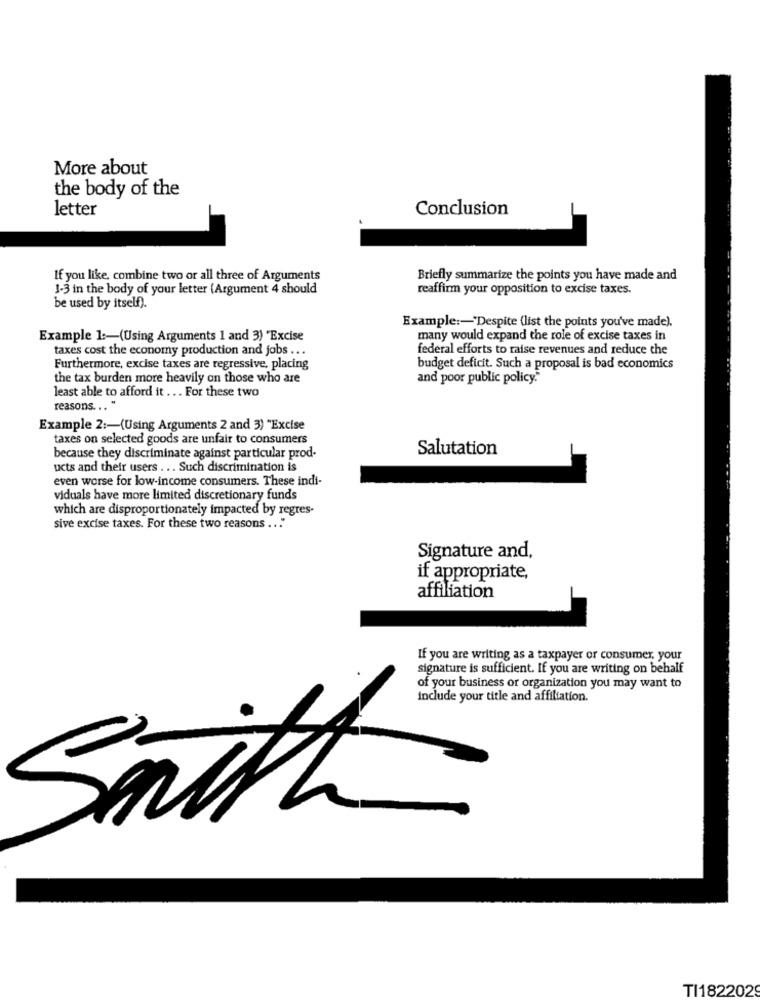
More about
the body of the
letter
Conclusion
If you like, combine two or all three of Arguments
Briefly summarize the points you have made and
1-3 in the body of your letter (Argument 4 should
reaffirm your opposition to excise taxes.
be used by itself).
Example :- "Despite (list the points you've made).
Example 1 :- (Using Arguments 1 and 3) "Excise
many would expand the role of excise taxes in
taxes cost the economy production and jobs ...
federal efforts to raise revenues and reduce the
Furthermore, excise taxes are regressive, placing
budget deficit. Such a proposal is bad economics
the tax burden more heavily on those who are
and poor public policy."
least able to afford it ... For these two
reasons ... "
Example 2 :- (Using Arguments 2 and 3) "Excise
taxes on selected goods are unfair to consumers
Salutation
because they discriminate against particular prod-
ucts and their users ... Such discrimination is
even worse for low-income consumers. These indi-
viduals have more limited discretionary funds
which are disproportionately impacted by regres-
sive excise taxes. For these two reasons ... "
Signature and,
if appropriate,
affiliation
If you are writing as a taxpayer or consumer, your
signature is sufficient. If you are writing on behalf
of your business or organization you may want to
include your title and affiliation.
Smith
TI1822029